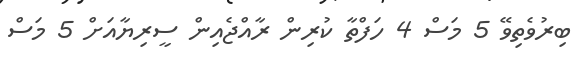
ބިރުވެތިވޭ 5 މަސް 4 ހަފްތާ ކުރިން ރާއްޖެއިން ސީރިޔާއަށް 5 މަސް